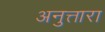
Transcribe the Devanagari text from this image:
अनुत्तारा